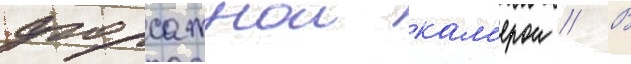
форсажнои кам'ерои // В